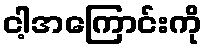
ငါ့အကြောင်းကို